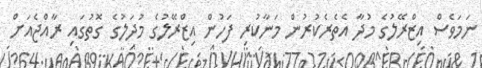
ނަމަވެސް އިޒްރޭލުގެ މުދާ އެތެރެކުރުން މަނާކުރި ފަހުން އިޒްރޭލުގެ މުދަލުގެ ގޮތުގައި ރާއްޖެއަށް